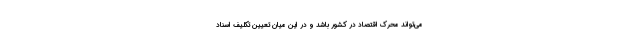
می‌تواند محرک اقتصاد در کشور باشد و در این میان تعیین تکلیف اسناد